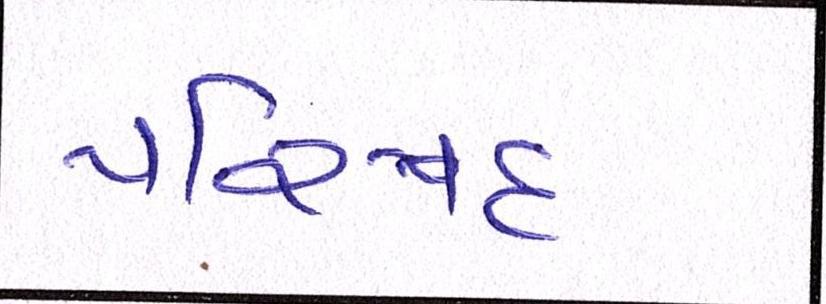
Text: પરિષદ